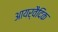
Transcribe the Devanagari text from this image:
आयर्वैदिक